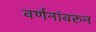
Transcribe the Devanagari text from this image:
वर्णनांवरुन